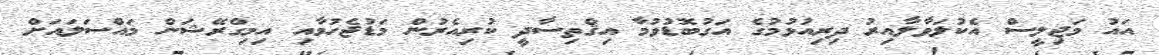
އައު މަޖިލީސް އެކުލަވާލާއިރު ދިރިއުޅުމުގެ އަގުބޮޑުވުމާ އިޤްތިސާދީ ކުރިއެރުން މަޑުޖެހުމާއި އިމިގްރޭޝަން މައްސަލައަށް